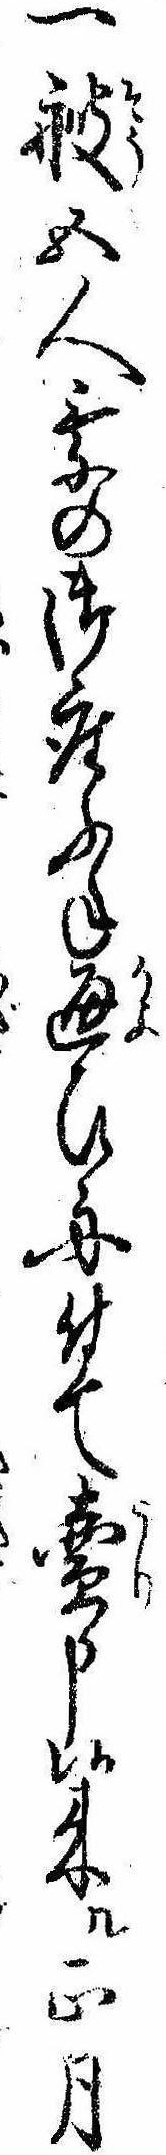
一艘五人乗の御座ぶね通ひ舟付て売申候来ル正月